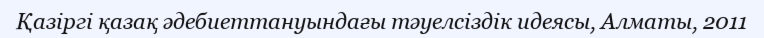
Қазіргі қазақ әдебиеттануындағы тәуелсіздік идеясы, Алматы, 2011